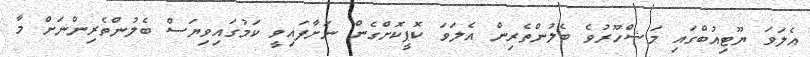
އެލަވަ ޔޫޓިއުބްގައި މަޝްހޫރުވެ ބެލުންތެރިން އެލަވަ ކޮޕީކޮށްގެން ނަށާފައިވީ ކަމުގަައިވިޔަސް ބެލުންތެރިންނަށް މާ